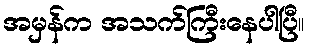
အမှန်က အသက်ကြီးနေပါပြီ။